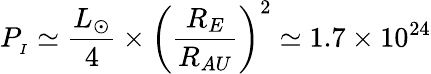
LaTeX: P_{_{I}}\simeq\frac{L_{\odot}}{4}\times\left(\frac{R_{E}}{R_{AU}}\right)^{2}\simeq 1.7\times 10^{24}